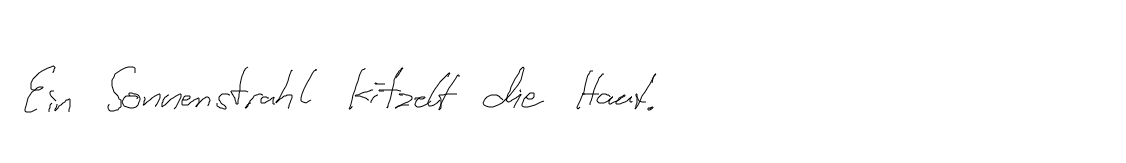
Ein Sonnenstrahl kitzelt die Haut.